Report on sanitation, dispensaries, and jails in Rajputana for 1917, and on vaccination for the year 1917-1918 - 1917-1918
Year: 1917
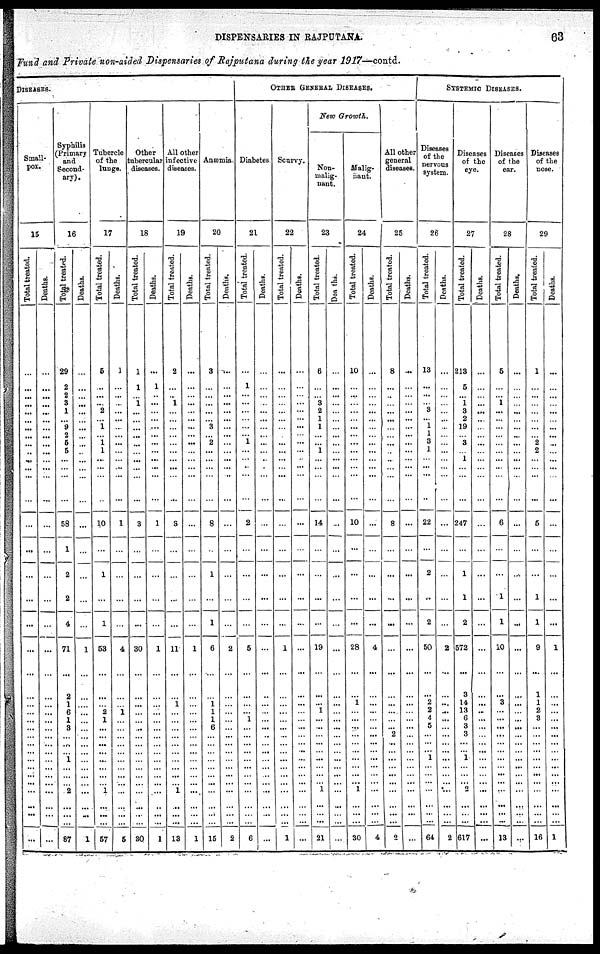
DISPENSARIES IN RAJPUTANA.
63
Fund and Private non-aided Dispensaries of Rajputana during the year 1917—contd.
DISEASES.
Small¬
pox.
15
Total treated.
...
...
...
...
...
...
...
...
...
..
...
...
...
...
...
...
...
...
...
...
...
...
...
...
... ...
...
...
...
...
...
... ...
...
...
...
...
...
Deaths.
...
...
...
...
...
...
...
...
...
...
...
...
...
...
...
...
...
...
...
...
...
...
...
...
...
...
...
...
...
...
...
...
...
...
...
...
...
...
Syphilis
(Primary
and
Second-
ary).
16
Total treated.
29
2
2
3
1
...
9
2
5
5
...
...
...
...
58
1
2
2
4
71
...
2
1
6
1
3
...
...
...
1
...
...
... 2
...
...
...
87
Deaths.
...
...
...
...
...
...
...
...
...
...
...
...
...
...
...
...
...
...
...
1
...
...
...
...
...
...
...
...
...
...
...
...
...
...
...
...
...
1
Tubercle
of the
lungs.
17
Total treated.
5
...
...
...
2
...
1
...
1 1
...
...
...
...
10
...
1
...
1
53
...
...
...
2
1
...
...
...
...
...
...
...
...
1
...
...
57
Death
1
...
...
...
...
...
...
...
...
...
...
...
...
...
1
...
...
...
...
4
...
...
...
1
...
...
...
...
...
...
...
...
...
...
...
...
...
5
Other
tubercular
diseases.
18
Total treated.
1
1
... 1
...
...
...
...
...
...
...
...
...
...
3
...
...
...
...
30
...
...
...
...
...
...
...
...
...
...
...
...
...
...
...
...
...
30
Deaths.
...
1
...
...
...
...
...
...
...
...
...
...
...
...
1
...
...
...
...
1
...
...
...
...
...
...
...
...
...
...
...
...
...
...
...
...
...
1
All other
infective
diseases.
19
Total treated.
2
...
.. 1
...
...
...
...
...
...
...
...
...
...
9
...
...
...
...
11
...
...
1
...
...
...
...
...
...
...
...
...
...
1
...
...
...
13
Deaths.
...
...
...
...
...
...
...
...
...
...
...
...
...
...
...
...
...
...
...
1
...
...
...
...
...
...
...
...
...
...
...
...
...
...
...
...
...
1
Anæmia
20
Total treated.
3
...
...
...
...
... 3
...
2
...
...
...
...
...
8
...
1
...
1
6
...
...
1
1
1
6
...
...
...
...
...
...
...
...
...
...
...
15
Deaths.
...
...
...
...
...
...
...
...
...
...
...
...
...
...
...
...
...
...
...
2
...
...
...
...
...
...
...
...
...
...
...
...
...
...
...
... ...
2
OTHER GENERAL DISEASES.
Diabetes
21
Total treated.
...
1
...
...
...
...
...
...
1
...
...
...
...
...
2
...
...
...
...
5
...
...
...
...
1
...
...
...
...
...
...
...
...
...
...
...
...
6
Deaths.
...
...
...
..
...
...
...
...
...
...
..
...
...
...
...
...
...
...
...
...
...
...
...
...
...
...
..
...
...
...
...
...
...
...
...
...
...
...
Scurvy.
22
Total treated.
...
...
...
...
...
...
...
...
...
...
...
...
...
...
...
...
...
...
...
1
...
...
...
...
...
...
...
...
...
...
...
...
...
...
...
...
...
1
Deaths.
...
...
...
...
...
...
...
...
...
...
...
...
...
...
...
...
...
...
...
...
...
...
...
...
...
...
...
...
...
...
...
...
...
...
...
...
...
...
New Growth.
Non¬
malig¬
nant.
23
Total treated.
6
...
... 3
2
1
1
...
...
1
...
...
...
...
14
...
...
...
...
19
...
...
...
1
...
...
...
...
...
...
...
...
...
1
...
...
...
21
Deaths.
...
...
...
...
...
...
...
...
...
...
...
...
...
...
...
...
...
...
...
...
...
...
...
...
...
...
...
...
...
...
...
...
...
...
...
...
...
...
Malig¬
nant.
24
Total treated.
10
...
...
...
...
...
...
...
...
...
...
...
...
...
10
...
...
...
...
28
...
...
1
...
...
...
...
...
...
...
...
...
...
1
...
...
...
30
Deaths.
...
...
...
...
...
...
...
...
...
...
...
...
...
...
...
...
...
...
...
4
...
...
...
...
...
...
...
...
...
...
...
...
...
...
...
...
...
4
All other
general
diseases.
25
Total treated.
8
...
...
...
...
...
...
...
...
...
...
...
...
...
8
...
...
...
...
...
...
...
...
...
...
...
2
...
...
...
...
...
...
...
...
...
...
2
Deaths.
...
...
...
...
...
...
...
...
...
...
...
...
...
...
...
...
...
...
...
...
...
...
...
...
...
...
...
...
...
...
...
...
...
...
...
...
...
...
SYSTEMIC DISEASES.
Diseases
of the
nervous
system.
26
Total treated.
13
...
...
...
3
... 1
1
3
1
...
...
...
...
22
...
2
...
2
50
...
...
2
2
4
5
...
...
...
1
...
...
...
...
...
...
...
64
Deaths.
...
...
...
...
...
...
...
...
...
...
...
...
...
...
...
...
...
...
...
2
...
...
...
...
...
...
...
...
...
...
...
...
...
...
...
...
...
2
Diseases
of the
eye.
27
Total treated.
213
5
... 1
3
2
19
...
3
...
1
...
...
...
247
...
1
1
2
572
...
3
14
13
6
3
3
...
...
1
...
...
...
2
...
...
...
617
Deaths.
...
...
...
...
...
...
...
...
...
...
...
...
...
...
...
...
...
...
...
...
...
...
...
...
...
...
...
...
...
...
...
...
...
...
...
...
...
...
Diseases
of the
ear.
28
Total treated.
5
...
... 1
...
...
...
...
...
...
...
...
...
...
6
...
...
1
1
10
...
...
3
...
...
...
...
...
...
...
...
...
...
...
...
...
...
13
Deaths.
...
...
...
...
...
...
...
...
...
...
...
...
...
...
...
...
...
...
...
...
...
...
...
...
...
...
...
...
...
...
...
...
...
...
...
...
...
...
Diseases
of the
nose.
29
Total treated.
1
...
...
...
...
...
...
...
2
2
...
...
...
...
5
...
...
1
1
9
...
1
1
2
3
...
...
...
...
...
...
...
...
...
...
...
...
16
Deaths.
...
...
...
...
...
...
...
...
...
...
...
...
...
...
...
...
...
...
...
1
...
...
...
...
...
...
...
...
...
...
...
...
...
...
...
...
...
1